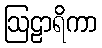
ဩဠာရိကာ